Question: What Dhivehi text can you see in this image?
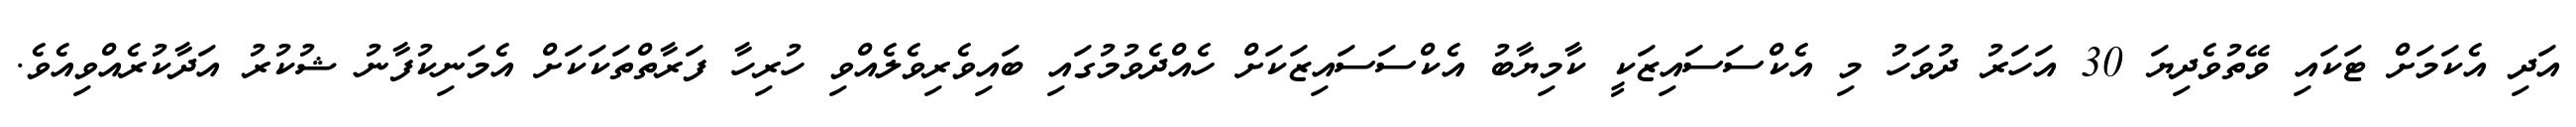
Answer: އަދި އެކަމަށް ޓަކައި ވޭތުވެދިޔަ 30 އަހަރު ދުވަހު މި އެކްސަސައިޒަކީ ކާމިޔާބު އެކްސަސައިޒަކަށް ހެއްދެވުމުގައި ބައިވެރިވެލެއްވި ހުރިހާ ފަރާތްތަކަކަށް އެމަނިކުފާނު ޝުކުރު އަދާކުރެއްވިއެވެ.